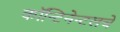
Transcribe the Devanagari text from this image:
कॉन्टिनेन्टलचे